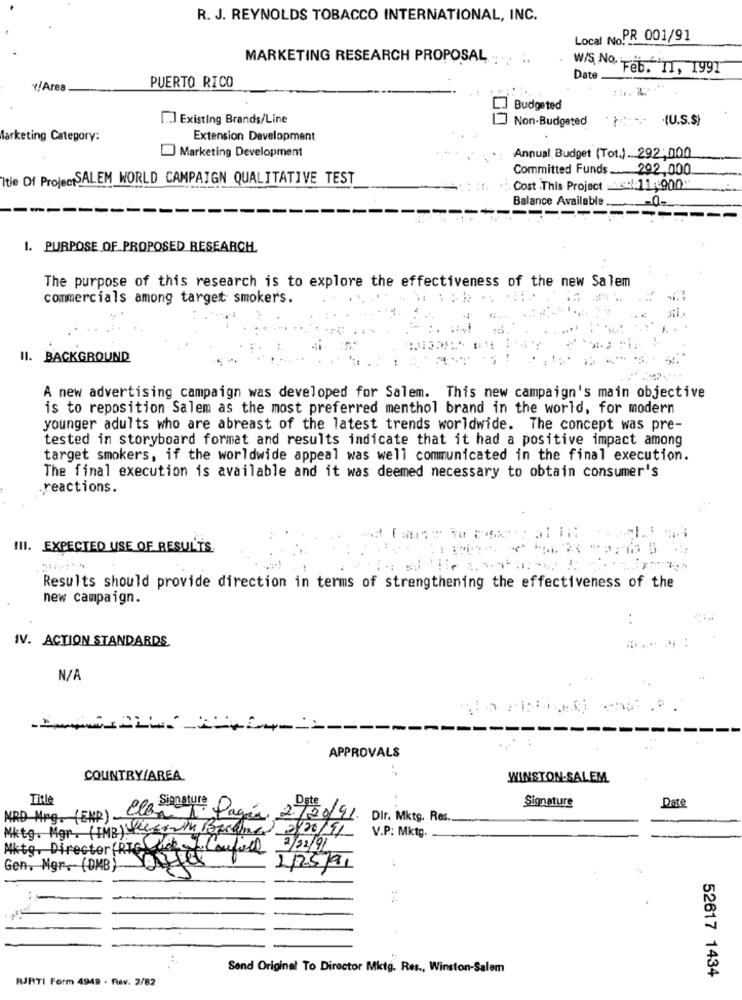
R. J. REYNOLDS TOBACCO INTERNATIONAL, INC.
Local NoPR 001/91
MARKETING RESEARCH PROPOSAL
WIS. NO.
Feb. II, 1991
Date
Y/Area
PUERTO RICO
Budgeted
I.] Existing Brands/Line
Non-Budgeted
.(U.S.$)
Marketing Category:
Extension Development
Marketing Development
Annual Budget (Tot.) ... 292:000
Committed Funds .... 292,000
Itie Of ProjectSALEM WORLD CAMPAIGN QUALITATIVE TEST
Cost .This Project et !: 11 900 **
Balance Available.
1. PURPOSE OF PROPOSED RESEARCH.
The purpose of this research is to explore the effectiveness of the new Salem
commercials among target smoker's.
II. BACKGROUND
A new advertising campaign was developed for Salem. This new campaign's main objective
is to reposition Salem as the most preferred menthol brand in the world, for modern
younger adults who are abreast of the latest trends worldwide. The concept was pre-
tested in storyboard format and results indicate that it had a positive impact among
target smokers, if the worldwide appeal was well communicated in the final execution.
The final execution is available and it was deemed necessary to obtain consumer's
.reactions.
III. EXPECTED USE OF RESULTS.
Results should provide direction in terms of strengthening the effectiveness of the
new campaign.
IV. ACTION STANDARDS
APPROVALS
COUNTRY/AREA
WINSTON-SALEM
MRD Mrg. (ENR) Clasenature
Title
Signature
Date
Pagia 2.720/
/41 Dir. Mktg. Res.
Mktg. Mgr. (IMB)with (Became) 2/20/91
V.P: Mktg.
Aktg, Director FRIG Nek . Confie 2/23/91
Gen, Mgr. (DMB)
1/25/91
Send Original To Director Mitg. Res ., Winston-Salem
52617 1434
RJRTI Form 4949 . Rav. 2/82